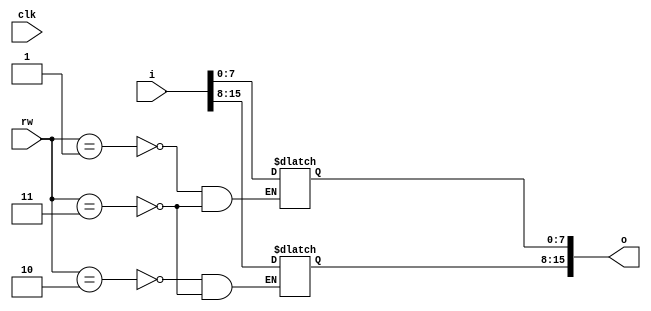
module register #(parameter SIZE = 16, parameter DEF = {SIZE{1'bx}}) (input clk, input [SIZE-1:0] i, output reg [SIZE-1:0] o, input [1:0] rw);
	initial o <= DEF;
	
	always @(clk) begin
		case (rw)
			2'b01 : begin
				o[SIZE/2-1 : 0] <= i[SIZE/2-1 : 0];
			end
			2'b10 : begin
				o[SIZE-1 : SIZE/2] <= i[SIZE-1 : SIZE/2];
			end
			2'b11 : begin
				o <= i;
			end
		endcase
	end
endmodule

module bus_register #(parameter SIZE = 16) (input clk, input [SIZE-1:0] i, output reg [SIZE-1:0] o);
	always @(clk) begin
		o <= i;
	end
endmodule

module program_counter #(parameter SIZE = 16) (input clk, input [SIZE-1:0] i, output reg [SIZE-1:0] o, input rw, input [1:0] inc);
	initial o <= 0;
	
	always @(clk) begin
		case (inc)
			2'b00 : begin
				if (rw)
					o <= i;
			end
			2'b01 : o <= o + 2;
			2'b10 : o <= o + 4;
			2'b11 : o <= o + 6;
		endcase
		
	end
endmodule

module simple_register #(parameter SIZE = 16) (input clk, input [SIZE-1:0] i, output reg [SIZE-1:0] o, input rw);
	always @(clk) begin
		if (rw) begin
			o <= i;
		end
	end
endmodule

module register_test;
	reg clk;
	reg [1:0] rw;
	wire [15:0] oline;
	reg [15:0] iline;
	
	register register(clk, iline, oline, rw);

	initial begin
		$monitor("%t: rw = %b, o = %x, i = %x", $time, rw, oline, iline);
		
		clk <= 0;
		#10
		rw <= 2'b11;
		iline <= 16'h1234;
		#10
		rw <= 2'b00;
		iline <= 16'hz;
		#10
		rw <= 2'b11;
		iline <= 16'h4567;
		#10
		rw <= 2'b00;
		iline <= 16'hz;
		#10
		rw <= 2'b01;
		iline <= 16'h89AB;
		#10
		rw <= 2'b00;
		iline <= 16'hz;
		#10
		rw <= 2'b10;
		iline <= 16'hCDEF;
		#10
		rw <= 2'b00;
		iline <= 16'hz;
		#10 $finish;
	end
	
	always #10 begin
		clk <= ~clk;
	end
endmodule